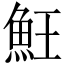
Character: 𩵭